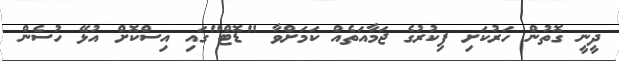
ދީނީ ގޮތުން ހަރުކަށި ފިކުރުގެ ޖަމާއަތެއް ކަމަށްވާ "ޑޮޓް"ގައި އިސްކޮށް އުޅޭ ހުސެން